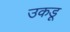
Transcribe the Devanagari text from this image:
उकडू